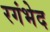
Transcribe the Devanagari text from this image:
रगंभेद